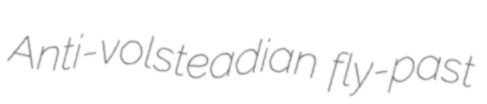
Anti-volsteadian fly-past